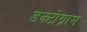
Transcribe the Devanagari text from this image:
डक्टोग्राम